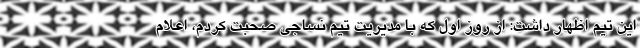
این تیم اظهار داشت: از روز اول که با مدیریت تیم نساجی صحبت کردم، اعلام